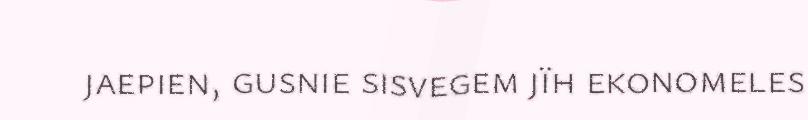
jaepien, gusnie sisvegem jïh ekonomeles